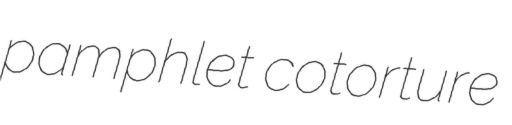
pamphlet cotorture